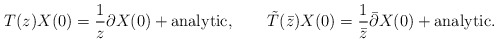
\begin{align*}T(z) X(0) = \frac{1}{z} \partial X(0) + {\rm analytic}, \qquad\tilde T(\bar z) X(0) = \frac{1}{\bar z} \bar\partial X(0) + {\rm analytic} .\end{align*}